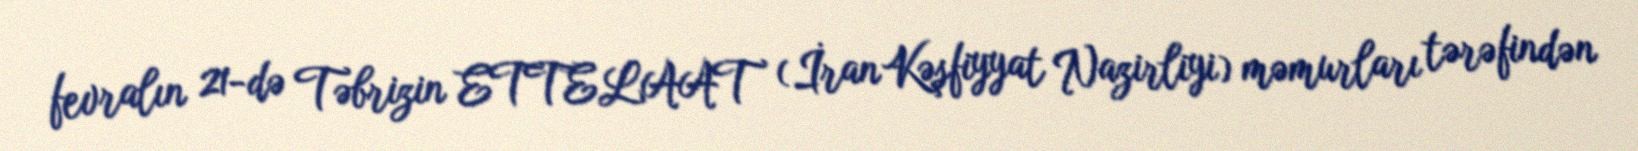
fevralın 21-də Təbrizin ETTELAAT (İran Kəşfiyyat Nazirliyi) məmurları tərəfindən